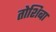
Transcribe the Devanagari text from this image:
तोशिबा